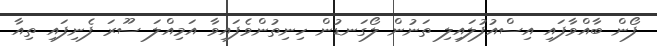
ފޯން ބާއްވާފައި އިސްއުފުލައިލި ތަނުން ލޯގަނޑުން ހިނިތުންވެފައިވާ އަމިއްލަ ސޫރަ ފެނިފައި ތިއާ